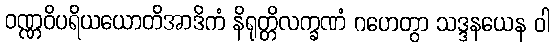
ဝဏ္ဏဝိပရိယယောတိအာဒိကံ နိရုတ္တိလက္ခဏံ ဂဟေတွာ သဒ္ဒနယေန ဝါ